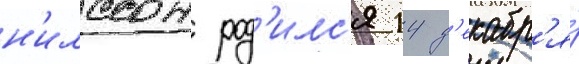
н'илссон род'илс'я 14 д'екабр'я́